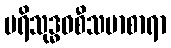
ပရိသုဒ္ဓဝစီသမာစာရာ